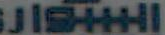
JISHI